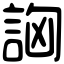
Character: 詾